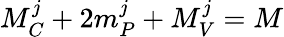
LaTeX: M_{C}^{j}+2m_{P}^{j}+M_{V}^{j}=M